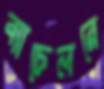
ব্যাচেলরে